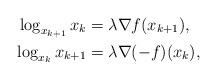
LaTeX: \begin{align*}\log_{x_{k+1}}x_k &=\lambda\nabla f(x_{k+1}), \\\log_{x_{k}}x_{k+1} &=\lambda\nabla(-f)(x_{k}) ,\end{align*}